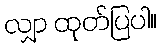
လျှာ ထုတ်ပြပါ။